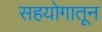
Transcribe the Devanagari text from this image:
सहयोगातून